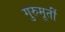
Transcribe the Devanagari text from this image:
गुरुमूर्ती